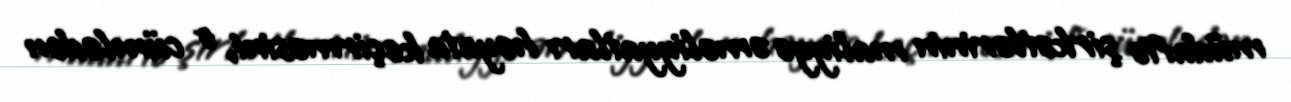
müdafiə şirkətlərinin maliyyə əməliyyatları həyata keçirməsini, o cümlədən